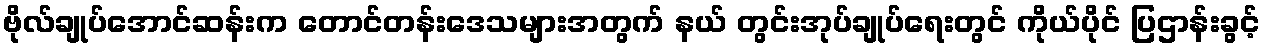
ဗိုလ်ချုပ်အောင်ဆန်းက တောင်တန်းဒေသများအတွက် နယ် တွင်းအုပ်ချုပ်ရေးတွင် ကိုယ်ပိုင် ပြဌာန်းခွင့်